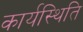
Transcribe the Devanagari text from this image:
कार्यस्थिति